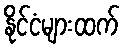
နိုင်ငံများထက်